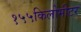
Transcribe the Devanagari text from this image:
१५५किलोमीटर